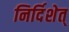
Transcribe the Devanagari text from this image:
निर्दिशेत्